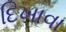
દિખાવા